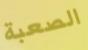
الصعبة